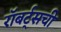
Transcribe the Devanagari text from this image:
रॉबर्ट्सची